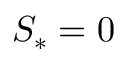
S _ { * } = 0